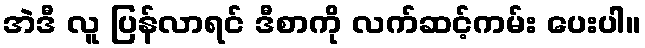
အဲဒီ လူ ပြန်လာရင် ဒီစာကို လက်ဆင့်ကမ်း ပေးပါ။